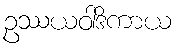
ဥဿယဝါဒိကာယ